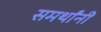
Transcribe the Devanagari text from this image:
समर्थांनीं